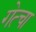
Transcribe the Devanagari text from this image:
गेत्चा